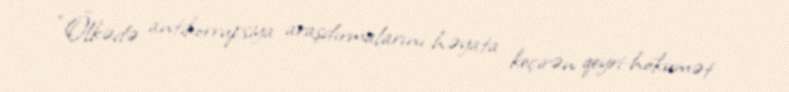
“Ölkədə antikorrupsiya araşdırmalarını həyata keçirən qeyri-hökumət